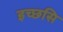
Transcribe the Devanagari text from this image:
इच्छसि